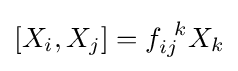
[X_{i},X_{j}]=f_{ij}^{\;\;k}X_{k}